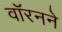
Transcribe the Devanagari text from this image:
वॉरनने